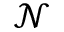
\mathcal { N }